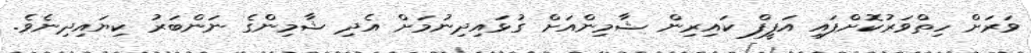
ވަރަށް ހިތްވަރުކޮށްފައި އަފީފް ކައިރިން ޝާމިންއަށް ގުޅައިދިނުމަށް އެދި ޝާމިންގެ ނަންބަރު ކިޔައިދިނެވެ.